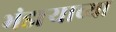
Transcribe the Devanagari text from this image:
भंडार्‍याच्या